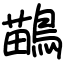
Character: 鶓